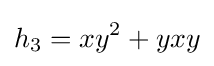
h_{3}=xy^{2}+yxy